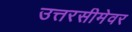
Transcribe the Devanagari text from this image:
उत्तरसीमेवर